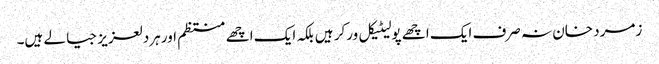
زمرد خان نہ صرف ایک اچھے پولیٹیکل ورکر ہیں بلکہ ایک اچھے منتظم اور ہردلعزیز جیالے ہیں۔